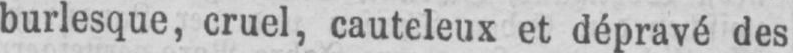
burlesque, cruel, cauteleux et dépravé des